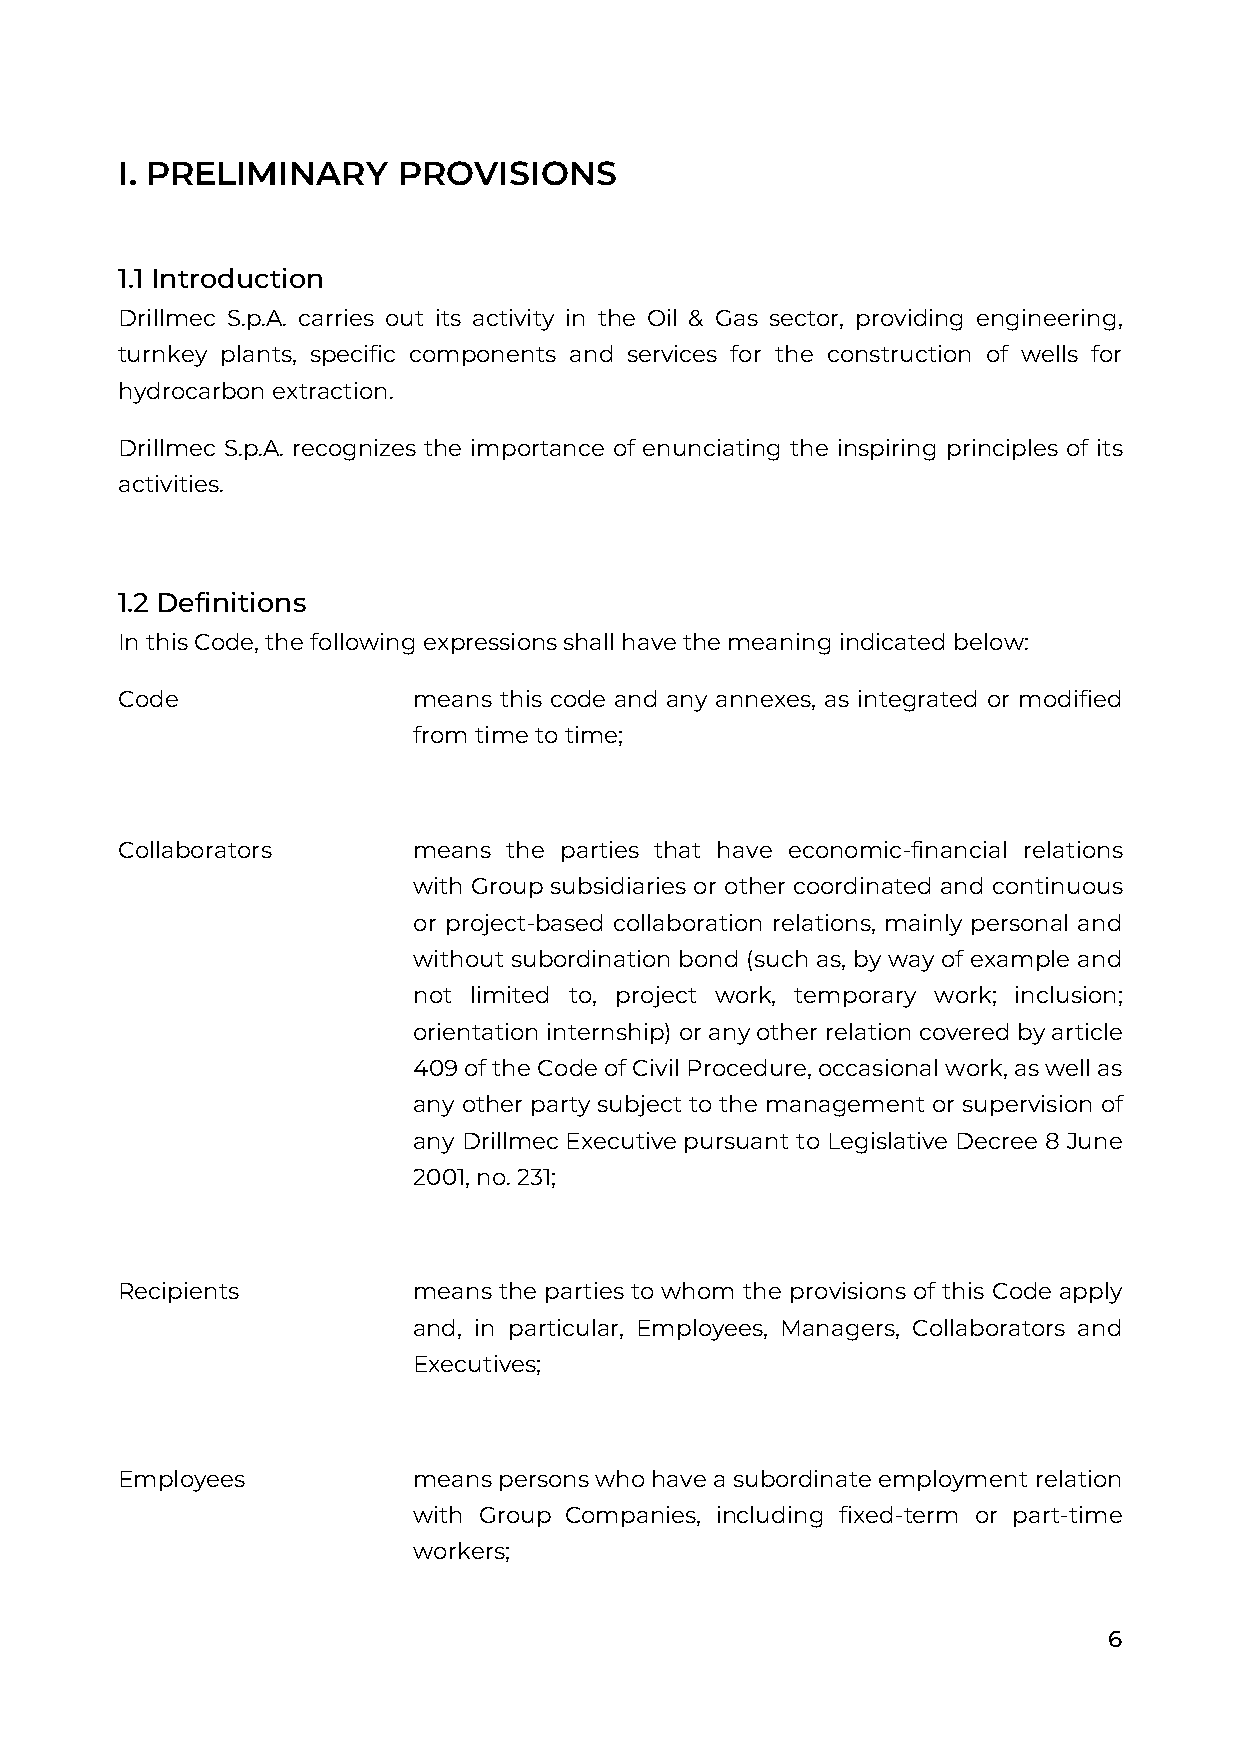
I. PRELIMINARY    PROVISIONS
 1.1 Introduction
 Drillmec S.p.A. carries out its activity in the Oil & Gas sector, providing engineering,
 turnkey plants, specific components and services for the construction of wells for
 hydrocarbon extraction.
 Drillmec S.p.A. recognizes the importance of enunciating the inspiring principles of its
 activities.
 1.2 Definitions
 In this Code, the following expressions shall have the meaning indicated below:
 Code               means this code and any annexes, as integrated or modified
 from time to time;
 Collaborators      means  the parties that have economic-financial relations
 with Group subsidiaries or other coordinated and continuous
 or project-based collaboration relations, mainly personal and
 without subordination bond (such as, by way of example and
 not limited to, project work, temporary work; inclusion;
 orientation internship) or any other relation covered by article
 409 of the Code of Civil Procedure, occasional work, as well as
 any other party subject to the management or supervision of
 any Drillmec Executive pursuant to Legislative Decree 8 June
 2001, no. 231;
 Recipients         means the parties to whom the provisions of this Code apply
 and, in particular, Employees, Managers, Collaborators and
 Executives;
 Employees          means persons who have a subordinate employment relation
 with Group Companies, including fixed-term or part-time
 workers;
 6